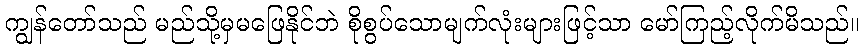
ကျွန်တော်သည် မည်သို့မှမဖြေနိုင်ဘဲ စိုစွပ်သောမျက်လုံးများဖြင့်သာ မော်ကြည့်လိုက်မိသည်။